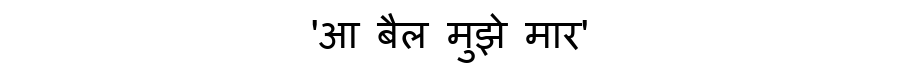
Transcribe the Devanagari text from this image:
'आ बैल मुझे मार'